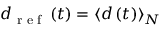
d _ { \textrm { r e f } } \left( t \right) = \langle d \left( t \right) \rangle _ { N }